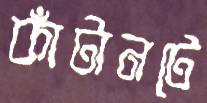
কাঁটানটে